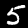
Digit: 5